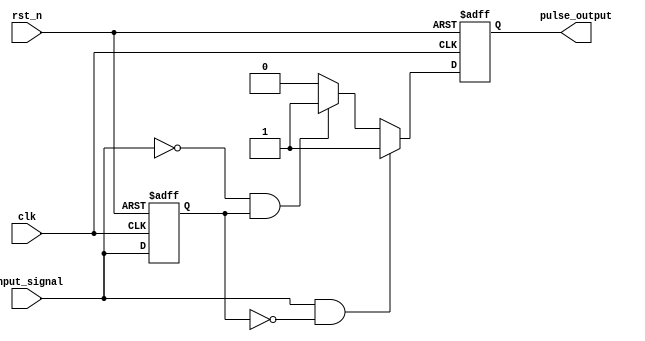
module pulse_edge_detector (
    input wire clk,               // Clock input
    input wire rst_n,             // Active low reset
    input wire input_signal,       // Input signal to detect edges
    output reg pulse_output        // Pulse output for detected edges
);

    // Register to store the previous state of the input signal
    reg previous_state;

    // Sequential block to capture the previous state and generate pulses
    always @(posedge clk or negedge rst_n) begin
        if (!rst_n) begin
            previous_state <= 1'b0; // Initialize previous state to 0
            pulse_output <= 1'b0;    // Ensure pulse output is low on reset
        end else begin
            // Edge Detection Logic
            if (input_signal && !previous_state) begin
                // Rising edge detected
                pulse_output <= 1'b1;  // Generate pulse
            end else if (!input_signal && previous_state) begin
                // Falling edge detected
                pulse_output <= 1'b1;  // Generate pulse
            end else begin
                pulse_output <= 1'b0;   // No edge detected, clear pulse
            end
            
            // Update the previous state for the next clock cycle
            previous_state <= input_signal;
        end
    end

endmodule